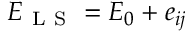
E _ { \mathrm { ~ L ~ S ~ } } = E _ { 0 } + e _ { i j }